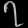
Digit: ၇